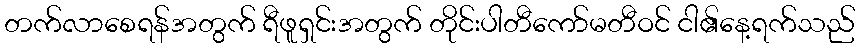
တက်လာစေရန်အတွက် ရီဖူရှင်းအတွက် တိုင်းပါတီကော်မတီဝင် ငါ၏နေ့ရက်သည်